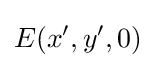
E(x',y',0)